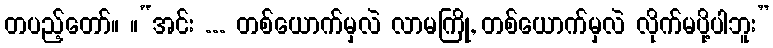
တပည့်တော်။ ။“အင်း ... တစ်ယောက်မှလဲ လာမကြို, တစ်ယောက်မှလဲ လိုက်မပို့ပါဘူး”